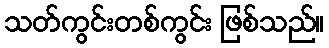
သတ်ကွင်းတစ်ကွင်း ဖြစ်သည်။